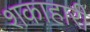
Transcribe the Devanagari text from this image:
शकाहारी